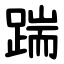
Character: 踹